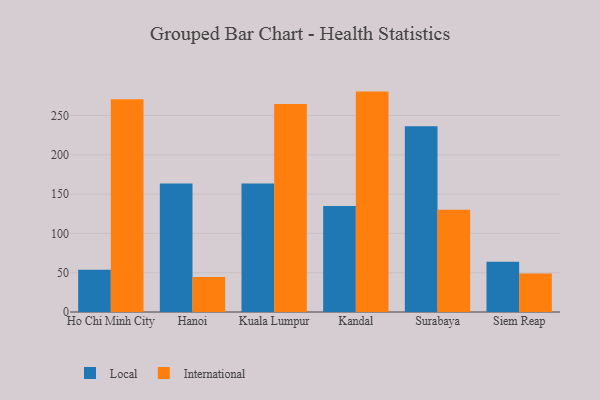
{"axis": {"x": "City", "y": "Backlog"}, "legend": ["International", "Local"], "data": [{"x": "Ho Chi Minh City", "y": 53.9, "type": "Local"}, {"x": "Ho Chi Minh City", "y": 270.8, "type": "International"}, {"x": "Hanoi", "y": 163.6, "type": "Local"}, {"x": "Hanoi", "y": 44.6, "type": "International"}, {"x": "Kuala Lumpur", "y": 163.4, "type": "Local"}, {"x": "Kuala Lumpur", "y": 264.5, "type": "International"}, {"x": "Kandal", "y": 134.7, "type": "Local"}, {"x": "Kandal", "y": 280.4, "type": "International"}, {"x": "Surabaya", "y": 236.2, "type": "Local"}, {"x": "Surabaya", "y": 130.0, "type": "International"}, {"x": "Siem Reap", "y": 63.9, "type": "Local"}, {"x": "Siem Reap", "y": 49.0, "type": "International"}]}